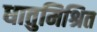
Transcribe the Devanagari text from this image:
धातुमिश्रित